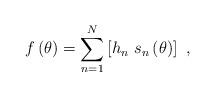
LaTeX: \begin{align*}f\left( \theta \right) =\sum_{n=1}^{N}\left[ h_{n}~s_{n}\left( \theta\right) \right] ~, \end{align*}